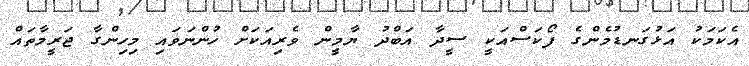
އެކަމަކު އަޅުގަނޑުމެންގެ ފޯކަސްއަކީ ސީދާ އަބްދު ޔާމީން ވެރިއަކަށް ހުންނަވައި މިހިންގާ ޖަރީމާތައް